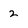
Character: 2